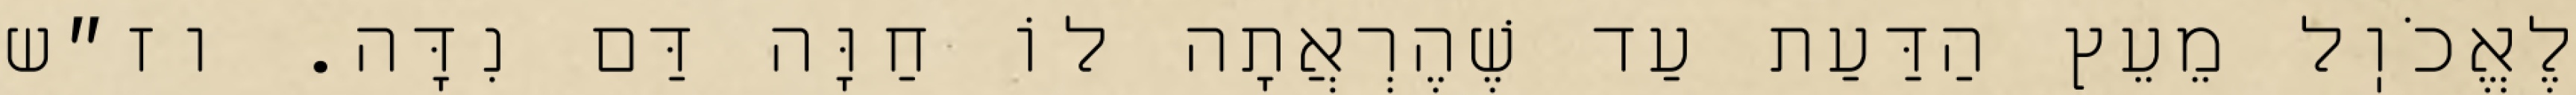
לֶאֱכֹוֽל מֵעֵץ הַדַּעַת עַד שֶׁהֶרְאֲתָה לוֹ חַוָּה דַּם נִדָּה. וז״ש